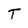
Character: T